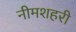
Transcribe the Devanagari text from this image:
नीमशहरी